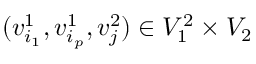
( v _ { i _ { 1 } } ^ { 1 } , v _ { i _ { p } } ^ { 1 } , v _ { j } ^ { 2 } ) \in V _ { 1 } ^ { 2 } \times V _ { 2 }